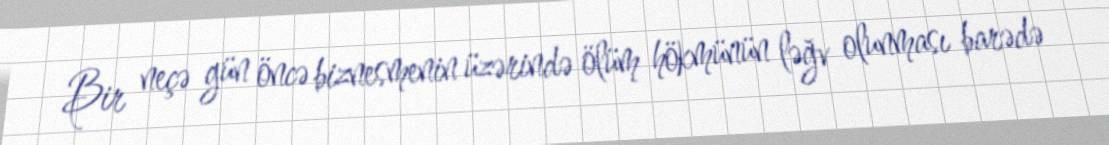
Bir neçə gün öncə biznesmenin üzərində ölüm hökmünün ləğv olunması barədə